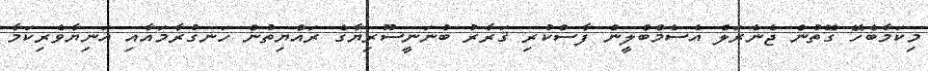
މިކަމާބެހޭ ގޮތުން ޖެނެރަލް އެސެމްބްލީން ފާސްކުރި ޤަރާރު ބުނަނީސޫރިޔާގެ ރައްޔިތުން ހަނގުރާމައާއި އަނިޔާވެރިކަމާ